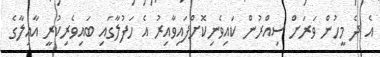
އެ ދެ މީހުން ވަރަށް ސިއްރުން ކައިވެނިކޮށްފައިވާއިރު އެ ހަފުލާގައި ބައިވެރިކުރީ އާއިލާގެ